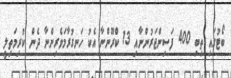
ބޯޓުގައި ތިބި 400 ފަސިންޖަރުންނާއި 13 ކްރޫންނާ އެކު ހަނގުރާމަވެރިންނާ ދެން ކުރިމަތިލީ